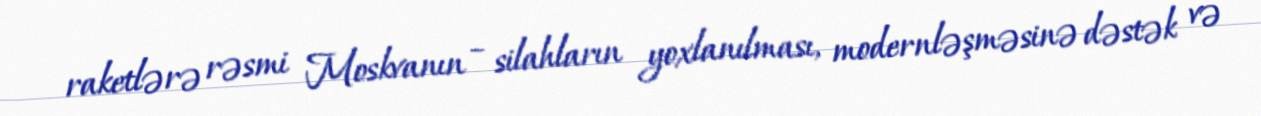
raketlərə rəsmi Moskvanın – silahların yoxlanılması, modernləşməsinə dəstək və